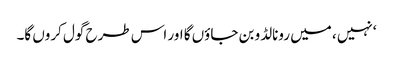
‘نہیں ، میں رونالڈو بن جاؤں گا اور اس طرح گول کروں گا۔